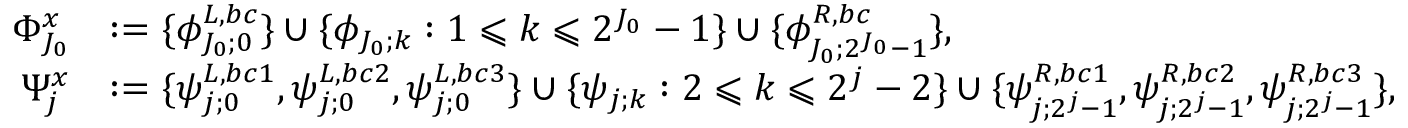
\begin{array} { r l } { \Phi _ { J _ { 0 } } ^ { x } } & { : = \{ \phi _ { J _ { 0 } ; 0 } ^ { L , b c } \} \cup \{ \phi _ { J _ { 0 } ; k } : 1 \leqslant k \leqslant 2 ^ { J _ { 0 } } - 1 \} \cup \{ \phi _ { J _ { 0 } ; 2 ^ { J _ { 0 } } - 1 } ^ { R , b c } \} , } \\ { \Psi _ { j } ^ { x } } & { : = \{ \psi _ { j ; 0 } ^ { L , b c 1 } , \psi _ { j ; 0 } ^ { L , b c 2 } , \psi _ { j ; 0 } ^ { L , b c 3 } \} \cup \{ \psi _ { j ; k } : 2 \leqslant k \leqslant 2 ^ { j } - 2 \} \cup \{ \psi _ { j ; 2 ^ { j } - 1 } ^ { R , b c 1 } , \psi _ { j ; 2 ^ { j } - 1 } ^ { R , b c 2 } , \psi _ { j ; 2 ^ { j } - 1 } ^ { R , b c 3 } \} , } \end{array}